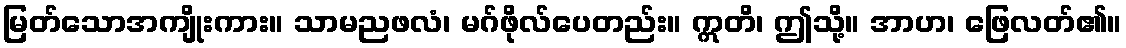
မြတ်သောအကျိုးကား။ သာမညဖလံ၊ မဂ်ဖိုလ်ပေတည်း။ ဣတိ၊ ဤသို့။ အာဟ၊ ဖြေလတ်၏။